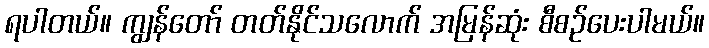
ရပါတယ်။ ကျွန်တော် တတ်နိုင်သလောက် အမြန်ဆုံး စီစဉ်ပေးပါမယ်။